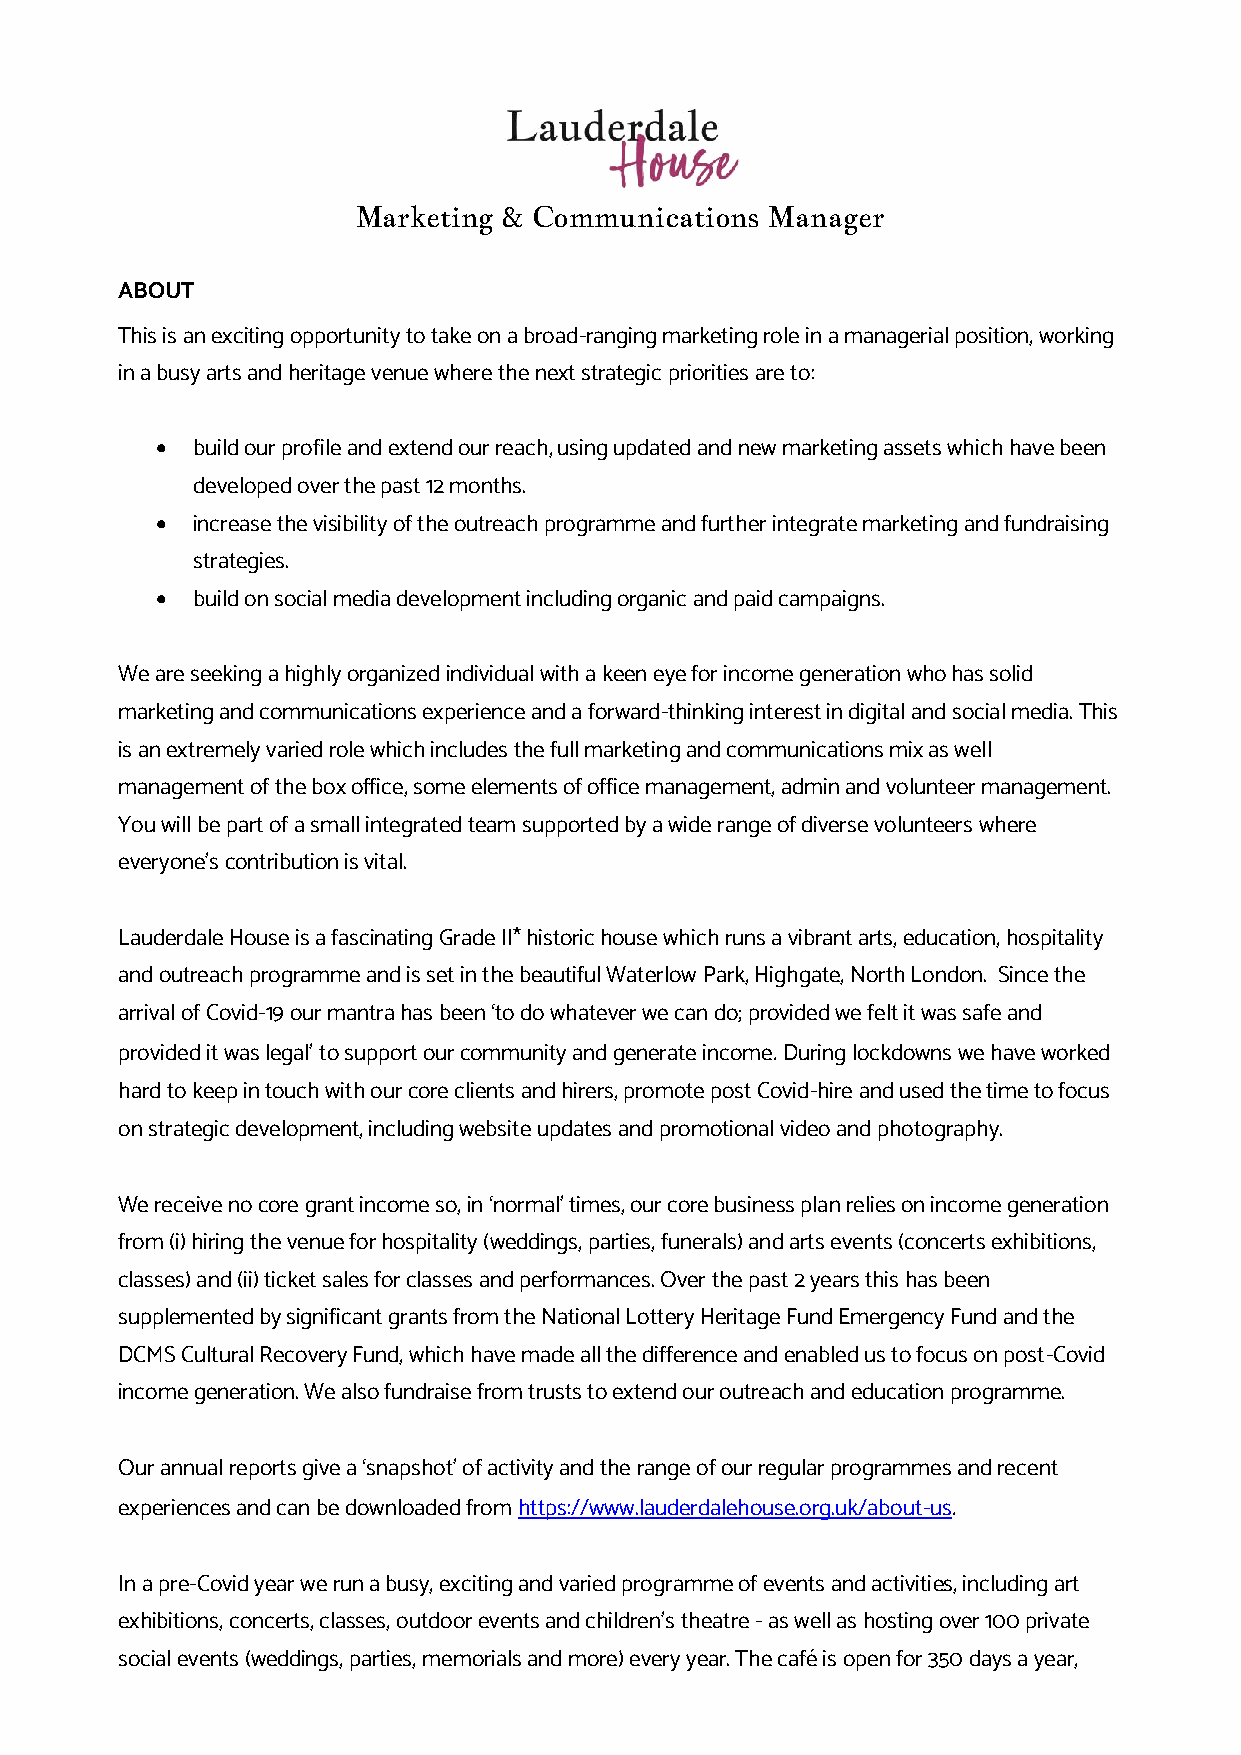
Marketing & Communications Manager
 ABOUT
 This is an exciting opportunity to take on a broad-ranging marketing role in a managerial position, working
 in a busy arts and heritage venue where the next strategic priorities are to:
 •  build our profile and extend our reach, using updated and new marketing assets which have been
 developed over the past 12 months.
 •  increase the visibility of the outreach programme and further integrate marketing and fundraising
 strategies.
 •  build on social media development including organic and paid campaigns.
 We are seeking a highly organized individual with a keen eye for income generation who has solid
 marketing and communications experience and a forward-thinking interest in digital and social media. This
 is an extremely varied role which includes the full marketing and communications mix as well
 management of the box office, some elements of office management, admin and volunteer management.
 You will be part of a small integrated team supported by a wide range of diverse volunteers where
 everyone’s contribution is vital.
 Lauderdale House is a fascinating Grade II* historic house which runs a vibrant arts, education, hospitality
 and outreach programme and is set in the beautiful Waterlow Park, Highgate, North London. Since the
 arrival of Covid-19 our mantra has been ‘to do whatever we can do; provided we felt it was safe and
 provided it was legal’ to support our community and generate income. During lockdowns we have worked
 hard to keep in touch with our core clients and hirers, promote post Covid-hire and used the time to focus
 on strategic development, including website updates and promotional video and photography.
 We receive no core grant income so, in ‘normal’ times, our core business plan relies on income generation
 from (i) hiring the venue for hospitality (weddings, parties, funerals) and arts events (concerts exhibitions,
 classes) and (ii) ticket sales for classes and performances. Over the past 2 years this has been
 supplemented by significant grants from the National Lottery Heritage Fund Emergency Fund and the
 DCMS Cultural Recovery Fund, which have made all the difference and enabled us to focus on post-Covid
 income generation. We also fundraise from trusts to extend our outreach and education programme.
 Our annual reports give a ‘snapshot’ of activity and the range of our regular programmes and recent
 experiences and can be downloaded from https://www.lauderdalehouse.org.uk/about-us.
 In a pre-Covid year we run a busy, exciting and varied programme of events and activities, including art
 exhibitions, concerts, classes, outdoor events and children’s theatre - as well as hosting over 100 private
 social events (weddings, parties, memorials and more) every year. The café is open for 350 days a year,